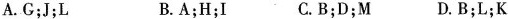
A. G；J；L B. A；H；I C. B；D；M D. B；L；K